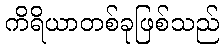
ကိရိယာတစ်ခုဖြစ်သည်